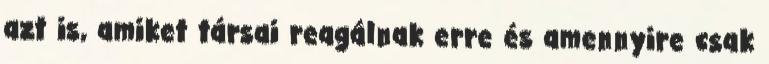
azt is, amiket társai reagálnak erre és amennyire csak